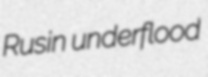
Rusin underflood